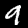
Digit: 9